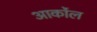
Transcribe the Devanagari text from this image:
आर्कोल